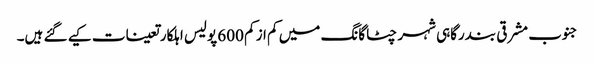
جنوب مشرقی بندرگاہی شہر چٹاگانگ میں کم از کم 600 پولیس اہلکار تعینات کیے گئے ہیں۔